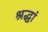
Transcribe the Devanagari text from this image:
श्रद्धां